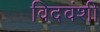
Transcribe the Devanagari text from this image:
विदवंशी